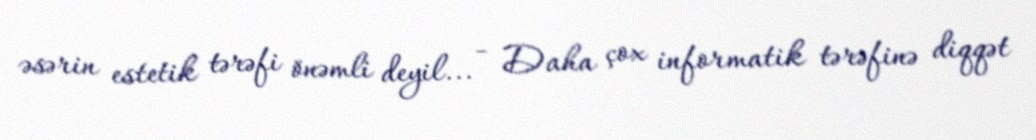
əsərin estetik tərəfi önəmli deyil... - Daha çox informatik tərəfinə diqqət